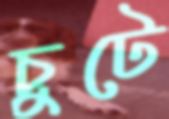
চুটে